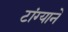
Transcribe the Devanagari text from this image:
टांग्याने